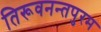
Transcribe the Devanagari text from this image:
तिरूवनन्तपुरम